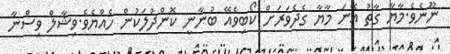
ނޫނެވެ.މާޔާ ގާތު އޭނަ މާޔާ ގެދެވަރަށް ކޯބިވެއޭ ބުނާނީ ކޮންދުލަކުން ހެއްޔެވެ.ވިޝާލް ވިސްނާ